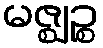
မဇ္ဈဉ္စ